Civil Veterinary Dept. Assam report 1927-50 - 1927-1950
Year: 1927
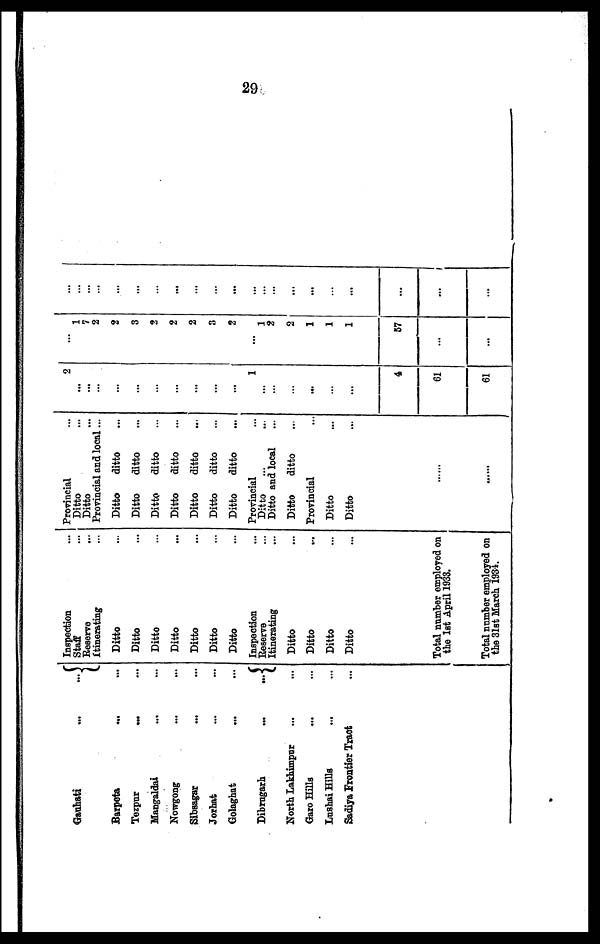
29
Gauhati
...
...
Barpeta ... ...
Tezpur
...
...
Mangaldai ... ...
Nowgong ... ...
Sibsagar ... ...
Jorhat ... ...
Golaghat ... ...
Dibrugarh
...
...
North Lakhimpur ... ...
Garo Hills ... ...
Lushai Hills ... ...
Sadiya Frontier Tract ...
Inspection ...
Staff
Reserve ...
Itinerating ...
Ditto ...
Ditto ...
Ditto ...
Ditto ...
Ditto ...
Ditto ...
Ditto ...
Inspection ...
Reserve ...
Itinerating ...
Ditto ...
Ditto ...
Ditto ...
Ditto ...
Total number employed on
the 1st April 1933.
Total number employed on
the 3l8t March 1984.
Provincial ...
Ditto ...
Ditto ...
Provincial and local ...
Ditto
ditto ...
Ditto
ditto ...
Ditto
ditto ...
Ditto
ditto ...
Ditto
ditto ...
Ditto
ditto ...
Ditto
ditto ...
Provincial ...
Ditto ... ...
Ditto and local ...
Ditto
ditto ...
Provincial ...
Ditto ...
Ditto ...
......
......
2
...
...
...
...
...
...
...
...
...
...
1
...
...
...
...
...
...
4
61
61
1
7
2
2
3
2
2
2
3
2
...
1
2
2
1
1
1
57
...
...
...
...
...
...
...
...
...
...
...
...
...
...
...
...
...
...
...
...
...
...
...